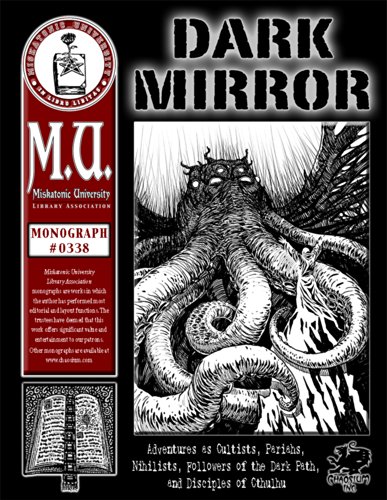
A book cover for Dark Mirror (M.U. Library Assn. monograph, Call of Cthulhu #0338); T. Rawlings; Science Fiction & Fantasy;